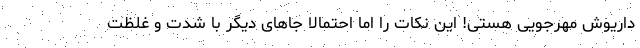
داریوش مهرجویی هستی! این نکات را اما احتمالا جاهای دیگر با شدت و غلظت